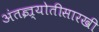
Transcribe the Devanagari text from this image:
अंतज्र्योतीसारखी